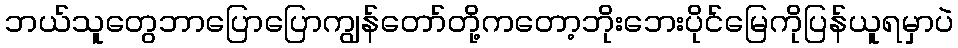
ဘယ်သူတွေဘာပြောပြောကျွန်တော်တို့ကတော့ဘိုးဘေးပိုင်မြေကိုပြန်ယူရမှာပဲ